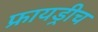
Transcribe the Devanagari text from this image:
फ्रायड्रीच